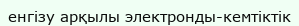
енгізу арқылы электронды-кемтіктік